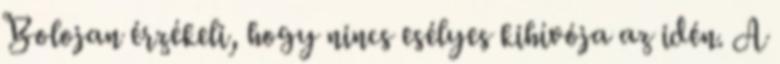
Bolojan érzékeli, hogy nincs esélyes kihívója az idén. A